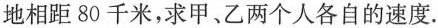
地相距80千米，求甲、乙两个人各自的速度。